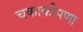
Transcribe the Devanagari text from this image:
चकाकीपणा